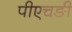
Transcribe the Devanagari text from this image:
पीएचङी